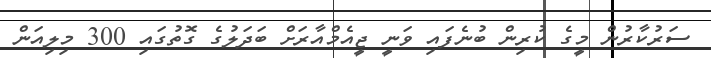
ސަރުކާރުން މީގެ ކުރިން ބުނެފައި ވަނީ ޖީއެމްއާރަށް ބަދަލުގެ ގޮތުގައި 300 މިލިއަން